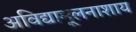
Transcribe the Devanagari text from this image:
अविद्यामूलनाशाय